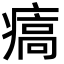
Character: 㾸